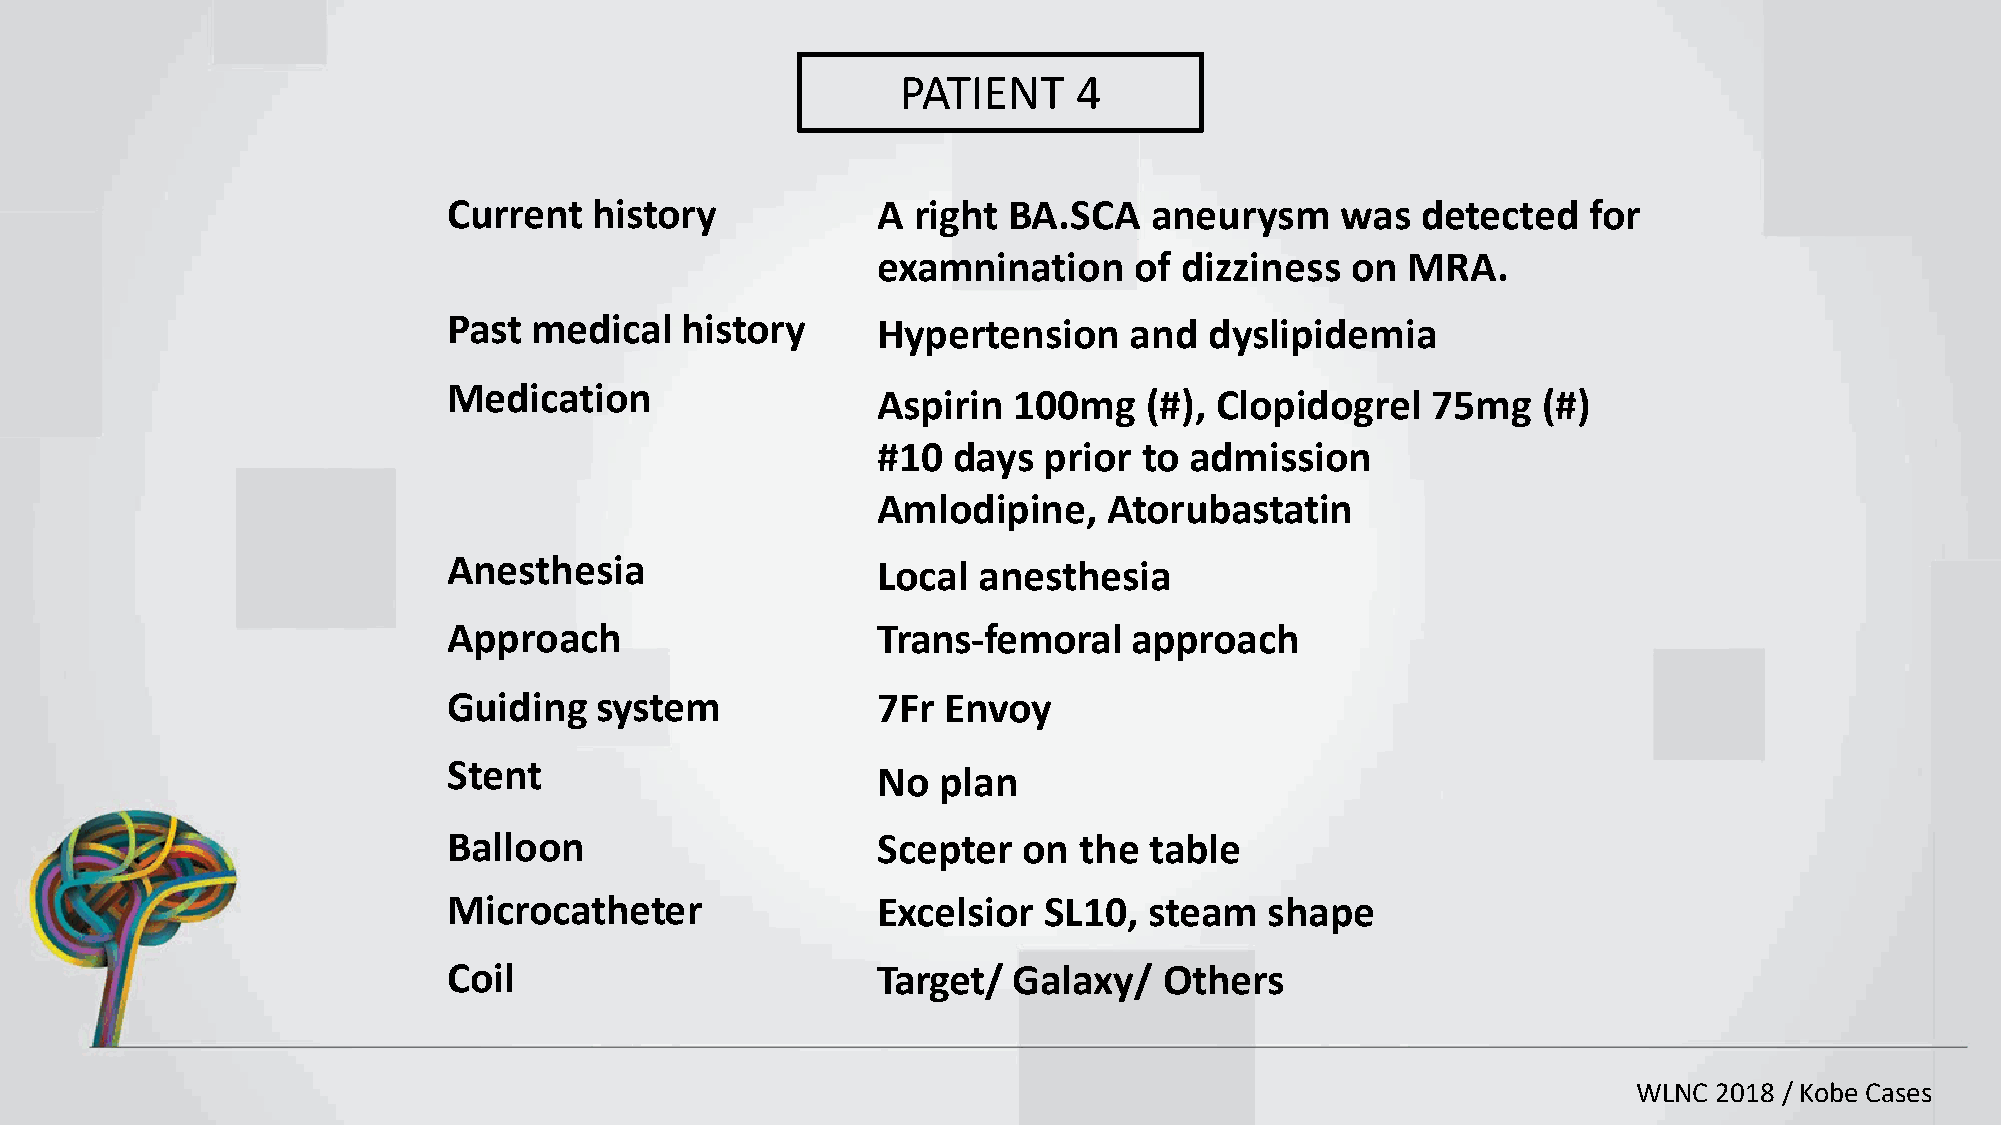
PATIENT    4
 Current  history            A right  BA.SCA   aneurysm     was  detected   for
 examnination     of dizziness  on  MRA.
 Past medical   history      Hypertension     and  dyslipidemia
 Medication
 Aspirin  100mg    (#), Clopidogrel   75mg   (#)
 #10  days  prior  to admission
 Amlodipine,    Atorubastatin
 Anesthesia
 Local  anesthesia
 Approach                    Trans-femoral    approach
 Guiding  system             7Fr Envoy
 Stent
 No  plan
 Balloon                     Scepter   on the  table
 Microcatheter               Excelsior  SL10,  steam   shape
 Coil                        Target/  Galaxy/   Others
 WLNC  2018 / Kobe Cases